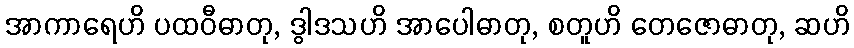
အာကာရေဟိ ပထဝီဓာတု, ဒွါဒသဟိ အာပေါဓာတု, စတူဟိ တေဇောဓာတု, ဆဟိ